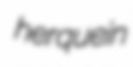
herquein